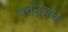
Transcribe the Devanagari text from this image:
वर्तनबंध